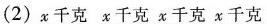
(2) x千克 x千克 x千克 x千克